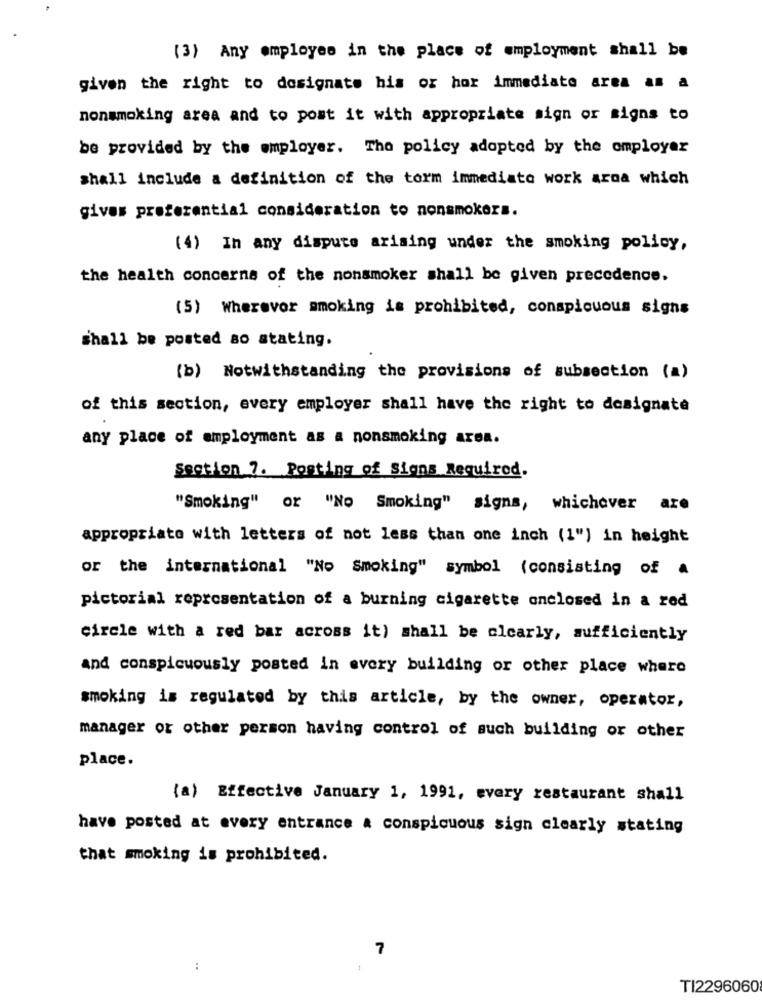
(3) Any employes in the place of employment shall be
given the right to designate his or hor immediate area as a
nonsmoking area and to post it with appropriate sign or signs to
be provided by the employer. The policy adopted by the employer
shall include a definition of the torm immediato work aroa which
gives preferential consideration to nonsmokers.
(4) In any dispute arising under the smoking policy,
the health concerns of the nonsmoker shall be given precedence.
(5) Wherever smoking is prohibited, conspicuous signs
shall be posted so stating.
(b) Notwithstanding the provisions of subsection (a)
of this section, every employer shall have the right to designate
any place of employment as a nonsmoking area.
Section 7. Posting of Signs Required.
"Smoking" or "No Smoking" signs, whichever are
appropriate with letters of not less than one inch (1") in height
or the international "No Smoking" symbol (consisting of a
pictorial representation of a burning cigarette onclosed in a red
circle with a red bar across it) shall be clearly, sufficiently
and conspicuously posted in every building or other place where
smoking is regulated by this article, by the owner, operator,
manager or other person having control of such building or other
place.
(a) Effective January 1, 1991, every restaurant shall
have posted at every entrance a conspicuous sign clearly stating
that smoking is prohibited.
7
:
TI2296060